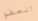
العفو